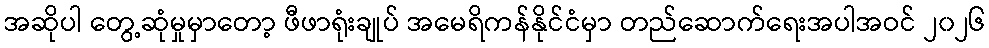
အဆိုပါ တွေ့ဆုံမှုမှာတော့ ဖီဖာရုံးချုပ် အမေရိကန်နိုင်ငံမှာ တည်ဆောက်ရေးအပါအဝင် ၂၀၂၆